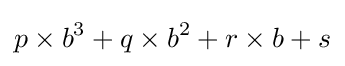
p\times b^{3}+q\times b^{2}+r\times b+s